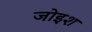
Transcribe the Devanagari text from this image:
जोइश